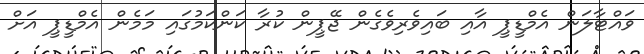
ވައްޓާލަން އެމްޑީޕީ އާއި ބައިވެރިވެގެން ޖޭޕީން ކުރާ ކަންކަމުގައި މަމެން އެމްޑީޕީ އަށް